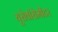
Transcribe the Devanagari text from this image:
यूरोवॉरोमीटर